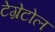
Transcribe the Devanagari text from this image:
टेग्रेटोल